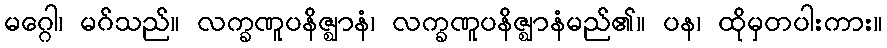
မဂ္ဂေါ၊ မဂ်သည်။ လက္ခဏူပနိဇ္ဈာနံ၊ လက္ခဏူပနိဇ္ဈာနံမည်၏။ ပန၊ ထိုမှတပါးကား။